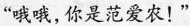
“哦哦,你是范爱农!”